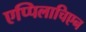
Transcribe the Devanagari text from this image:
एप्पिलाचिएन